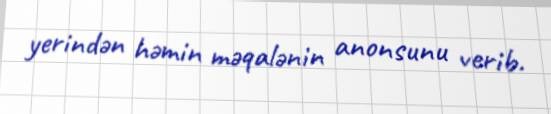
yerindən həmin məqalənin anonsunu verib.